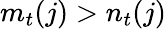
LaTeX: m_{t}(j)>n_{t}(j)